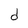
Character: d